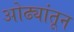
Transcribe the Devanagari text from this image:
ओढ्यांतून